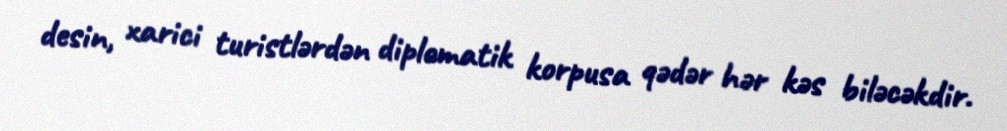
desin, xarici turistlərdən diplomatik korpusa qədər hər kəs biləcəkdir.